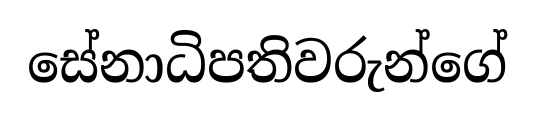
සේනාධිපතිවරුන්ගේ